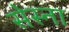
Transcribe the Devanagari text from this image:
सेस्ना